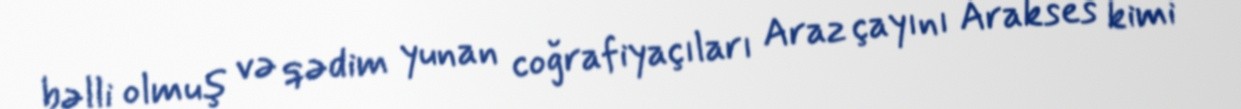
bəlli olmuş və qədim yunan coğrafiyaçıları Araz çayını Arakses kimi